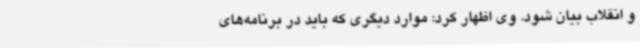
و انقلاب بیان شود. وی اظهار کرد: موارد دیگری که باید در برنامه‌های